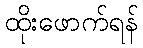
ထိုးဖောက်ရန်